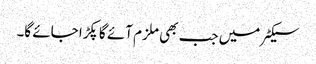
سیکٹر میں جب بھی ملزم آئے گا پکڑا جائے گا۔